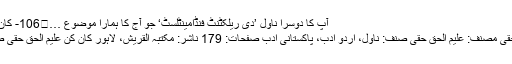
آپ کا دوسرا ناول ’دی ریلکٹنٹ فنڈامینٹلسٹ‘ جو آج کا ہمارا موضوع …	106- کان کن از علیم الحق حقی
کان کن از علیم الحق حقی مصنف: علیم الحق حقی صنف: ناول، اردو ادب، پاکستانی ادب صفحات: 179 ناشر: مکتبہ القریش، لاہور کان کن علیم الحق حقی صاحب کی تحریر ہے۔